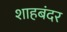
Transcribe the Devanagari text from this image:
शाहबंदर